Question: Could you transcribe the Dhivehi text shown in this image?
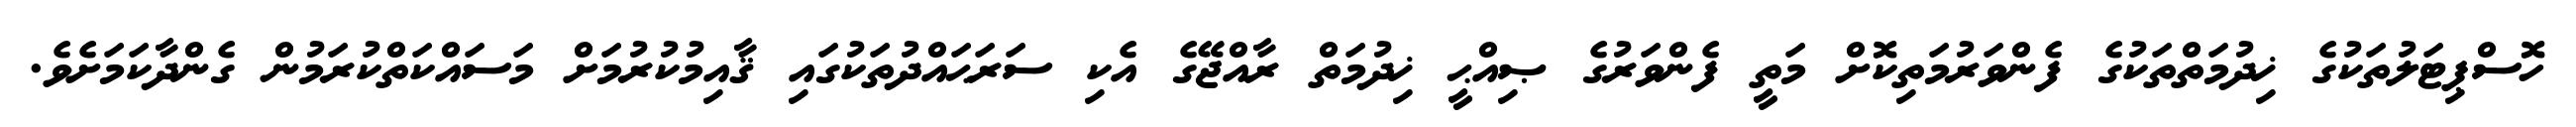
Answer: ހޮސްޕިޓަލުތަކުގެ ޚިދުމަތްތަކުގެ ފެންވަރުމަތިކޮށް މަތީ ފެންވަރުގެ ޞިއްޙީ ޚިދުމަތް ރާއްޖޭގެ އެކި ސަރަޙައްދުތަކުގައި ޤާއިމުކުރުމަށް މަސައްކަތްކުރަމުން ގެންދާކަމަށެވެ.